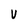
Character: V